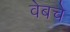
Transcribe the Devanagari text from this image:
वेबचे